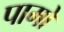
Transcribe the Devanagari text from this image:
पामों